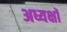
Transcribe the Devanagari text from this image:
अध्यक्षॉ